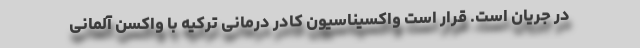
در جریان است. قرار است واکسیناسیون کادر درمانی ترکیه با واکسن آلمانی